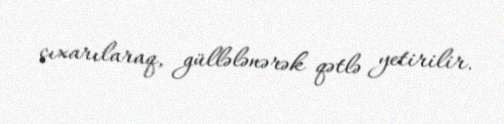
çıxarılaraq, güllələnərək qətlə yetirilir.